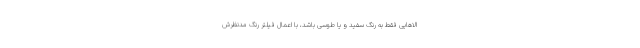
الاهایی فقط به رنگ سفید و یا طوسی باشد، با اعمال فیلتر رنگ مدنظرش